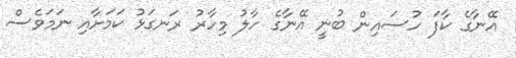
އޭނާގެ ކާފަ ހުސައިން ބުނީ އޭނާގެ ހާލު މިހާރު ރަނގަޅު ކަމަށާއި ނަމަވެސް